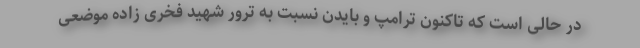
در حالی است که تاکنون ترامپ و بایدن نسبت به ترور شهید فخری زاده موضعی